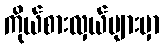
ကိုယ်စားလှယ်များမှာ